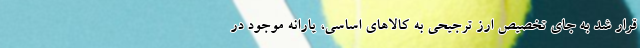
قرار شد به جای تخصیص ارز ترجیحی به کالا‌های اساسی، یارانه موجود در